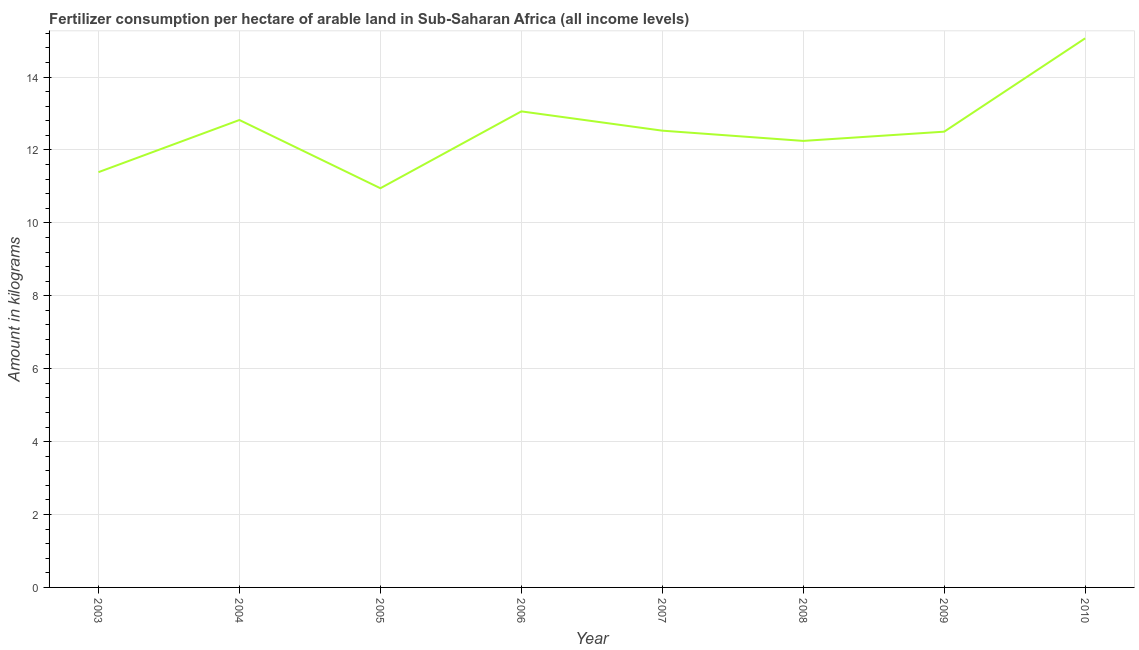
| Year | Fertilizer consumption |
 | --- | --- |
 | 2003 | 11.4 |
 | 2004 | 12.8 |
 | 2005 | 10.9 |
 | 2006 | 13.1 |
 | 2007 | 12.5 |
 | 2008 | 12.2 |
 | 2009 | 12.5 |
 | 2010 | 15.1 |